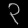
Digit: ၃